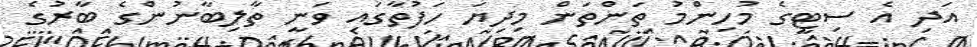
އަދި އެ ސިޓީގެ މުހިންމު ތަންތަން މިދިޔަ ހަފުތާގައި ވަނީ ތާލިބާނުންގެ ބާރުގެ